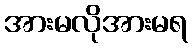
အားမလိုအားမရ